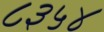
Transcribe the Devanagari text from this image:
८३५४